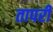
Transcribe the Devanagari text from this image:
तापरी